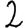
Digit: 2